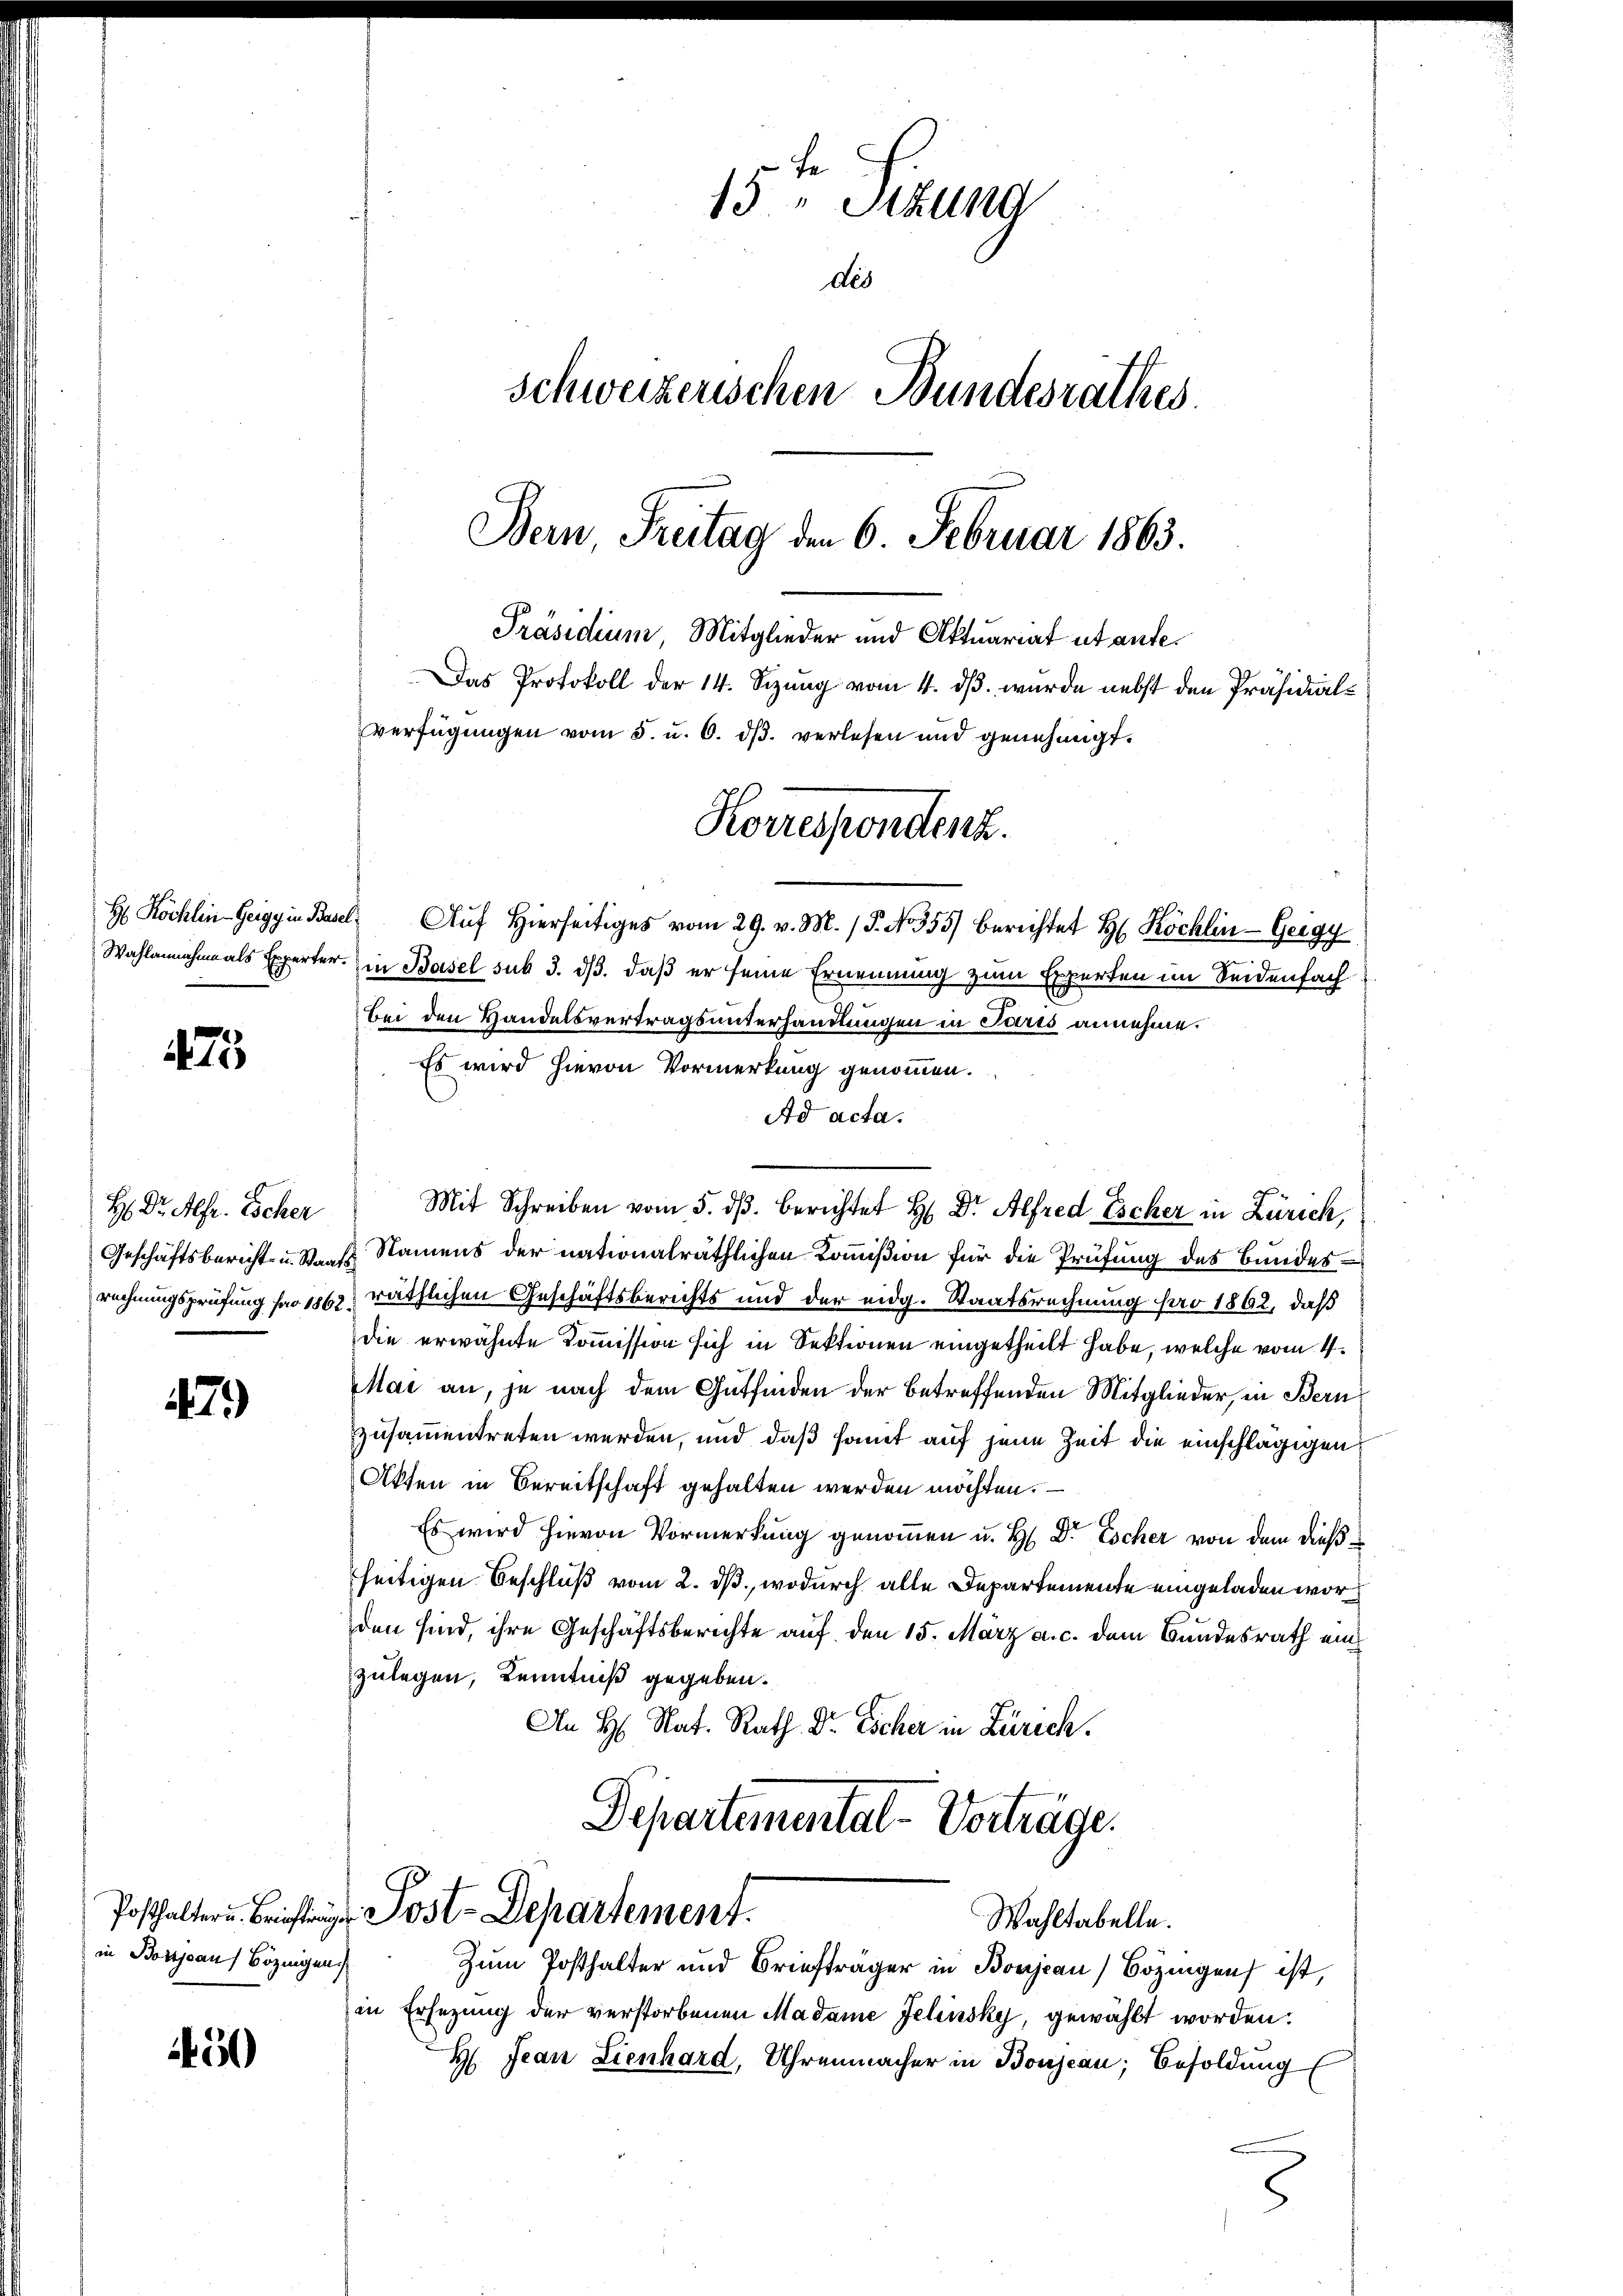
75

H Dr. Alfe. Escher
rechnungsprüfung pro 1862

479)

in Borijsau) Bözingen.

5

15 Stzung
des
schweizerischen Bundesrathes.
Bern, Freitag den 6. Februar 1863.
Präsidium, Mitglieder und Aktuariat ut anfe¬
Das Protokoll der 14. Sizung vom 4. ds. wurde nebst den Präsidial-
verfügŭngen vom 5. u. 6. dβ. verlesen und genehmigt.

H Köchlin-Geigg in Basel Aŭf Hierseitiges vom 29. v. M. (T. No 355) berichtet Hr. Köchlin-Geigy
Wahlannahme als Experter. in Basel sub 3. ds. daß er seine Ernennung zum Experten im Seidenfach
Bei den Handelsvertragsunterhandlungen in Paris annehme.
Es wird hievon Vormerkung genommen.
Ad acta.
Mit Schreiben vom 5. dβ berichtet H. Dr. Alfred Escher in Zürich,
Geschäftsbericht u. Staats Namens der nationalräthlichen Kommißion für die Prüfung des Bundes¬
 räthlichen Geschäftsberichts und der eidg. Staatsrechnung pro 1862, daß
die erwähnte Kommission sich in Sektionen eingetheilt habe, welche vom 4.
Mai an, je nach dem Gutfinden der betreffenden Mitglieder, in Bern
zusammentreten werden, und daß samt auf jene Zeit die einschlägigen
Akten in Bereitschaft gehalten werden möchten.
Es wird hievon Vormerkung genommen u. H. Dr Escher von dem dießseitigen Beschluß vom 2. ds., wodurch alle Departemente eingeladen worden sind, ihre Geschäftsberichte auf den 15. März a. c. dem Bundesrath einzulegen, Kenntniß gegeben.
An H. Nat. Rath Dr Escher in Zürich.
Departemental-Vorträge.

Korrespondenz.

Posthaltern. Berichten Post-Departement.
Wahltabelle.

Zum Posthalter und Briefträger in Bonjean Bozingen ist,
in Ersezung der verstorbenen Madame Jelinsky, gewählt worden.
H Jean Lienhard, Uhrenmacher in Bonjean; Besoldung